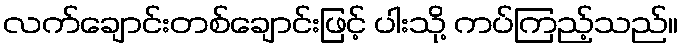
လက်ချောင်းတစ်ချောင်းဖြင့် ပါးသို့ ကပ်ကြည့်သည်။